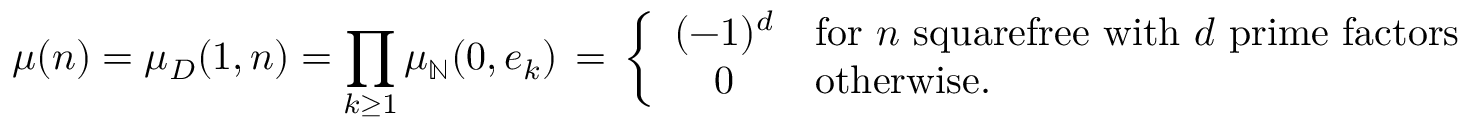
\mu ( n ) = \mu _ { D } ( 1 , n ) = \prod _ { k \geq 1 } \mu _ { \mathbb { N } } ( 0 , e _ { k } ) \, = \, \left\{ { \begin{array} { c l } { ( - 1 ) ^ { d } } & { { \mathrm { f o r ~ } } n { \mathrm { ~ s q u a r e f r e e ~ w i t h ~ } } d { \mathrm { ~ p r i m e ~ f a c t o r s } } } \\ { 0 } & { { \mathrm { o t h e r w i s e . } } } \end{array} } \right.